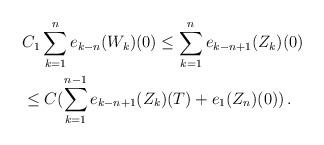
LaTeX: \begin{align*}& C_1 \sum_{k=1}^n e_{k-n}(W_k)(0) \le \sum_{k=1}^n e_{k-n+1}(Z_k)(0) \\& \le C (\sum_{k=1}^{n-1} e_{k-n+1}(Z_k)(T) + e_1(Z_n)(0)) \,.\end{align*}